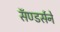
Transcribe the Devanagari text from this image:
सॅण्डर्सने